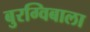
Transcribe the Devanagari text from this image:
बुरग्विबाला